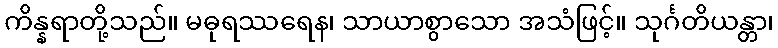
ကိန္နရာတို့သည်။ မဓုရဿရေန၊ သာယာစွာသော အသံဖြင့်။ သုင်္ဂတိယန္တာ၊